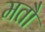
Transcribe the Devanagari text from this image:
मतौ